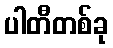
ပါတီတစ်ခု